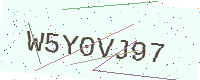
Text: W5Y0VJ97